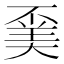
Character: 𠁍